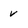
Character: v